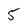
Character: 5